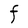
Character: F